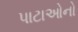
પાટાઓનો